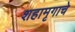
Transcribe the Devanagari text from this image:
शहामृगाचे